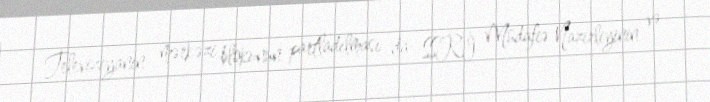
Televiziyanın mərkəzi blokunun partladılması da SSRİ Müdafiə Nazirliyinin və